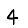
Digit: 4